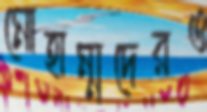
মোহাম্মদেরও